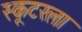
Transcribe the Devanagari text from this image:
स्कूटरला